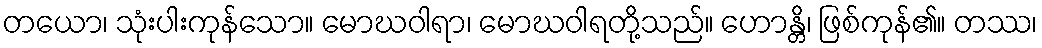
တယော၊ သုံးပါးကုန်သော။ မောဃဝါရာ၊ မောဃဝါရတို့သည်။ ဟောန္တိ၊ ဖြစ်ကုန်၏။ တဿ၊